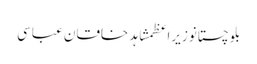
بلوچستانوزیراعظمشاہد خاقان عباسی